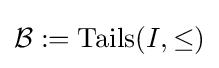
{\mathcal {B}}:=\operatorname {Tails} (I,\leq )